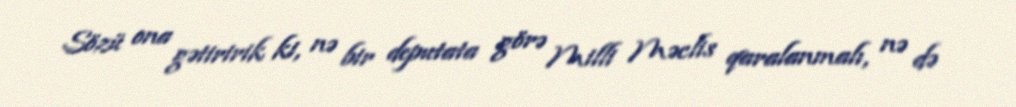
Sözü ona gətiririk ki, nə bir deputata görə Milli Məclis qaralanmalı, nə də